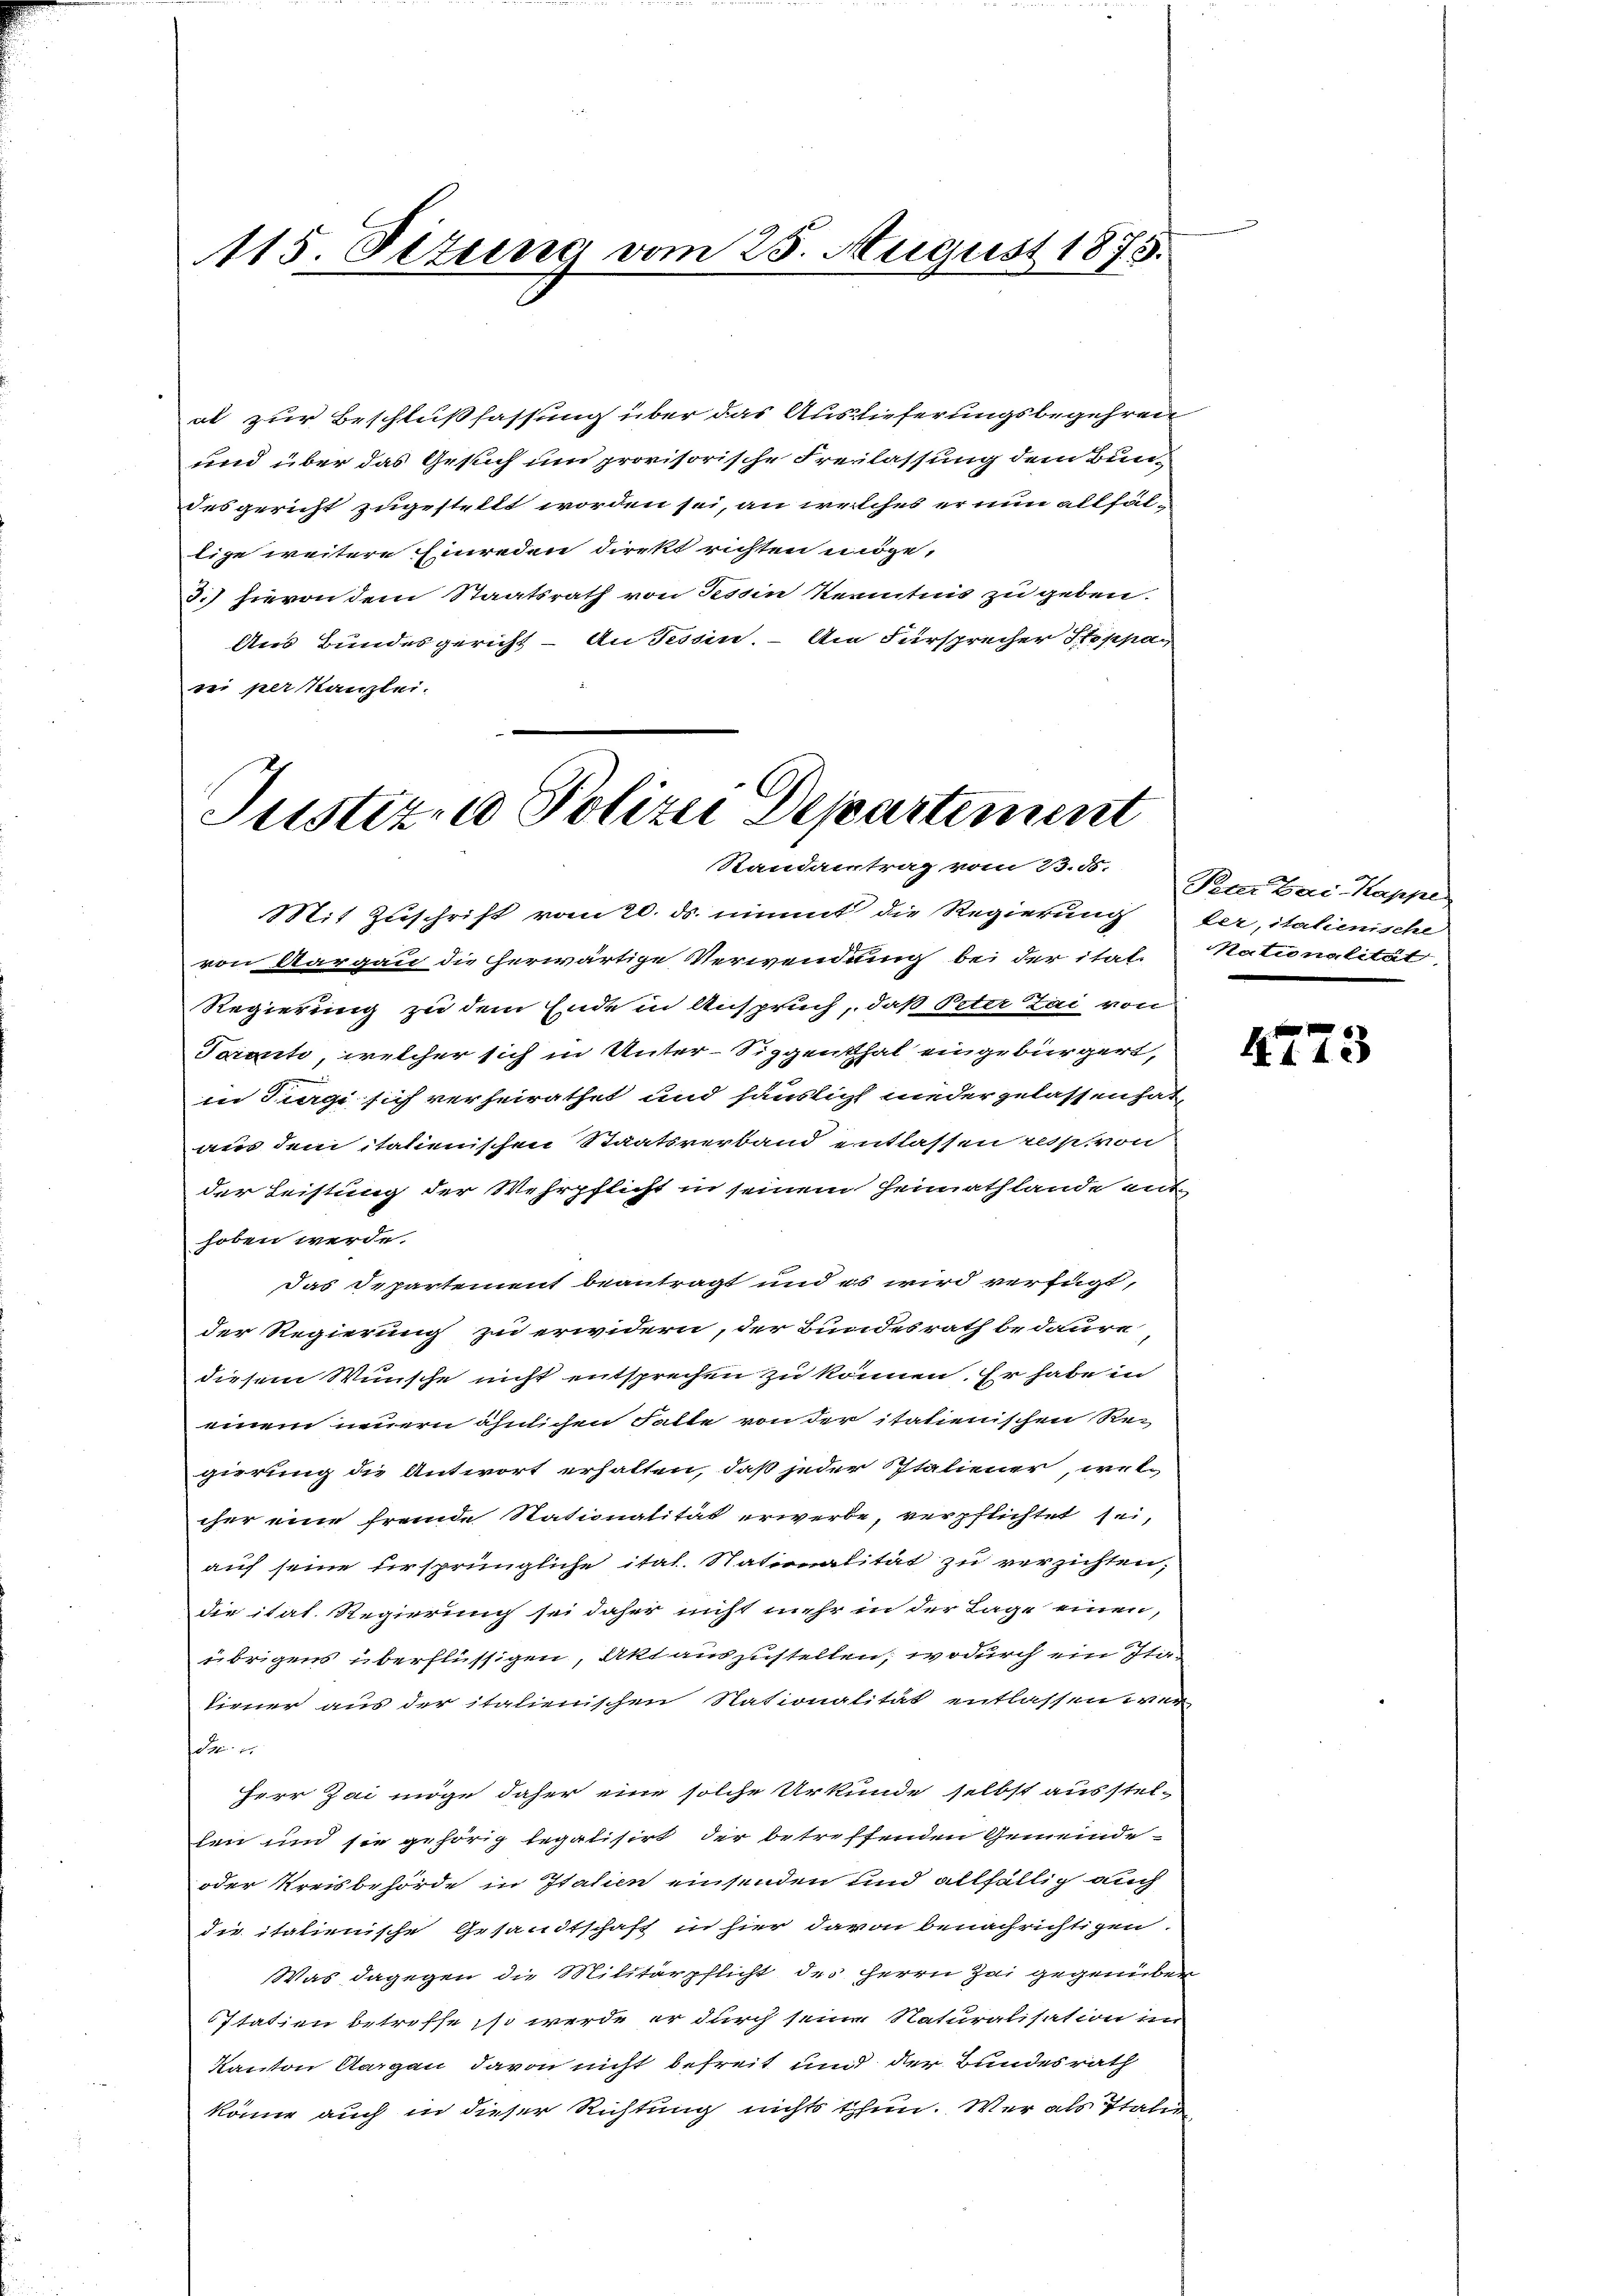
115. Sizung vom 25. August 1873.

at zur Beschlußfassung über das Auslieferungsbegehren
und über das Gesuch und provisorische Freilassung dem Bun-
desgericht zugestellt worden sei, an welches er nun allfällige weitere Einreden direkt richten möge,
3.) hievon dem Staatsrath von Tessin Kenntnis zu geben.
dues Bundesgericht - An Tessin. – Am Fürsprecher Stoppa
sei per kanzlei.

Justizen Polizei Departement
Randantrag vom 23. ds.

Mit Zuschrift vom 20. ds. nimmt die Regierung der, italienische
von Aargau die herwärtige Verwendung bei der ital-
Regierung zu dem Ende in Anspruch, daß Peter Tai von
Taroute, welcher sich in Unter-Siggenthal eingebürgert,
in Turgi sich verheirathet und häuslich niedergelassen hat,
aus dem italienischen Staatsverband entlassen resp. von
der Leistung der Wehrpflicht in seinem Heimathlande ent-
hoben werde.
das Departement beantragt und es wird verfügt,
der Regierung zu erwidern, der Bundesrath bedaure
diesem Wunsche nicht entsprechen zu können. Er habe in
einem neuern ähnlichen Gatte von der statienischen Regierung die Antwort erhalten, daß jeder Italiener, wel-
cher eine fremde Stationalität erwerbe, verpflichtet sei,
auf seine ursprüngliche ital. Stationalität zu verzichten,
die itat. Regierung sei daher nicht mehr in der Lage einen,
übrigens überflüssigen, Akt auszustellen, wodurch ein Itatirner aus der italienischen Nationalität entlassen wur
1
Herr Zai möge daher eine solche Urkunde selbst ausstel-
len und sie gehörig legalisirt der betreffenden Gemeinde-
oder Kreisbehörde in Italien einsenden und allfällig auch
die italienische Gesandtschaft in hier davon benachrichtigen
Was dagegen die Militärpflicht des Herrn Zai gegenüber
Itatien betreffe, so werde er durch seine Naturalisation im
Kanton Aargau davon nicht befreit und der Bundesrath
könne auch in dieser Richtung nichts thun. Wer als Italen

Peter Bai-Kappe
Nationalität,

4773